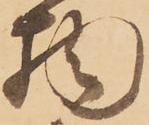
物